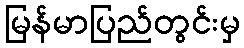
မြန်မာပြည်တွင်းမှ